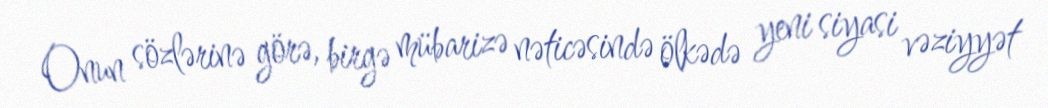
Onun sözlərinə görə, birgə mübarizə nəticəsində ölkədə yeni siyasi vəziyyət